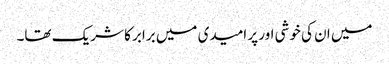
میں ان کی خوشی اور پر امیدی میں برابر کا شریک تھا۔